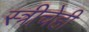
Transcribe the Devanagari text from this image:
स्त्रीचेही